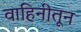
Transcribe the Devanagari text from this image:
वाहिनीतून